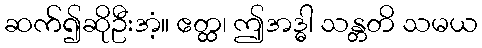
ဆက်၍ဆိုဦးအံ့။ ဧတ္ထ၊ ဤအဒ္ဓါ သန္တတိ သမယ